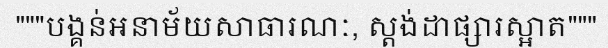
"""បង្គន់អនាម័យសាធារណៈ, ស្តង់ដាផ្សារស្អាត"""